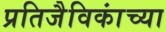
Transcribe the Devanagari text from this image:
प्रतिजैविकांच्या